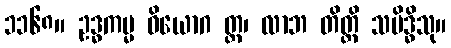
၁၁၆၈။ ဥဒ္ဓကမ္မ ဝိယောဂ တ္တ၊ လာဘ တိတ္တိ သမိဒ္ဓိသု။